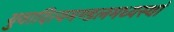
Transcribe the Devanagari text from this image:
युवादित्यमण्डलमध्यस्थां